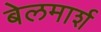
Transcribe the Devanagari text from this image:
बेलमार्श